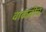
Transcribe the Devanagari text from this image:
वाळवीचं